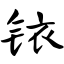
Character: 铱